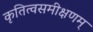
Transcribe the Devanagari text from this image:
कृतित्वसमीक्षणम्